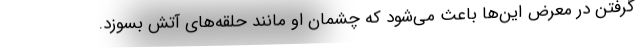
گرفتن در معرض این‌ها باعث می‌شود که چشمان او مانند حلقه‌های آتش بسوزد.